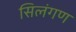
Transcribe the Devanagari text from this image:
सिलंगण